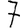
Digit: 7